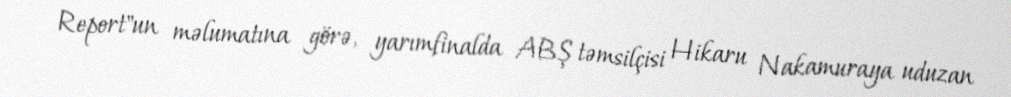
Report"un məlumatına görə, yarımfinalda ABŞ təmsilçisi Hikaru Nakamuraya uduzan